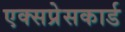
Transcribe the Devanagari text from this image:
एक्सप्रेसकार्ड